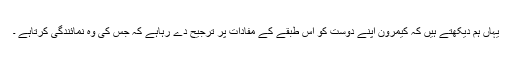
یہاں ہم دیکھتے ہیں کہ کیمرون اپنے دوست کو اس طبقے کے مفادات پر ترجیح دے رہاہے کہ جس کی وہ نمائندگی کرتاہے ۔